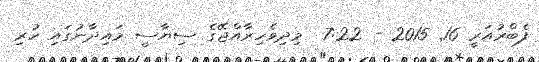
ފެބްރުއަރީ 16